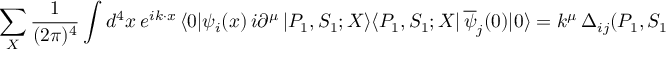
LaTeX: \sum _ { X } \frac { 1 } { ( 2 \pi ) ^ { 4 } } \int d ^ { 4 } x \ e ^ { i k \cdot x } \, \langle 0 \vert \psi _ { i } ( x ) \, i \partial ^ { \mu } \, \vert P _ { 1 } , S _ { 1 } ; X \rangle \langle P _ { 1 } , S _ { 1 } ; X \vert \, \overline { { \psi } } _ { j } ( 0 ) \vert 0 \rangle = k ^ { \mu } \, \Delta _ { i j } ( P _ { 1 } , S _ { 1 } ; k ) .